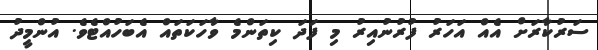
ސަރުކާރަށް އެއް އަހަރު ފުރުނުއިރު މި ފަދަ ކިތަންމެ ވާހަކަތައް އެބަހުއްޓެވެ. އުންމީދު